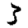
Digit: 3